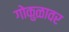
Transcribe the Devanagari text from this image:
गोकुळावर